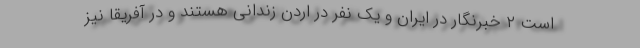
است ۲ خبرنگار در ایران و یک نفر در اردن زندانی هستند و در آفریقا نیز